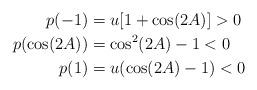
LaTeX: \begin{align*}p(-1)&=u[1+\cos(2A)]>0\\p(\cos(2A))&=\cos^2(2A)-1<0\\p(1)&=u(\cos(2A)-1)<0\end{align*}